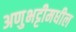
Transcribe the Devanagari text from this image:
अणुभट्टीमधील